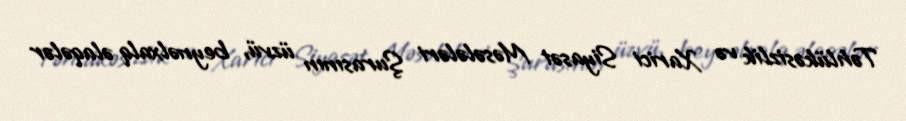
Təhlükəsizlik və Xarici Siyasət Məsələləri Şurasının üzvü, beynəlxalq əlaqələr